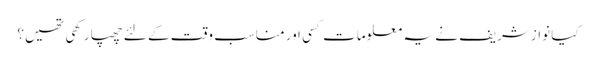
کیا نوازشریف نے یہ معلومات کسی اور مناسب وقت کے لئے چھپا رکھی تھیں؟